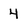
Character: 4